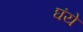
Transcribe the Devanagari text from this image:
घंये